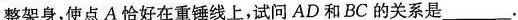
整架身，使点A恰好在重锤线上，试问AD和BC的关系是___.